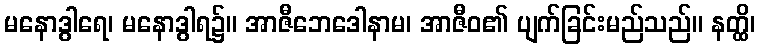
မနောဒွါရေ၊ မနောဒွါရ၌။ အာဇီဘေဒေါနာမ၊ အာဇီဝ၏ ပျက်ခြင်းမည်သည်။ နတ္ထိ၊